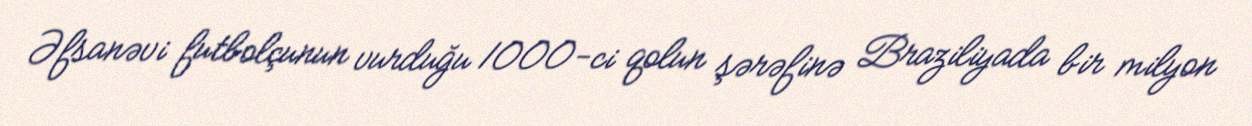
Əfsanəvi futbolçunun vurduğu 1000-ci qolun şərəfinə Braziliyada bir milyon